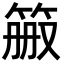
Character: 𬕉